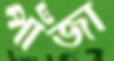
পাঁজা